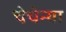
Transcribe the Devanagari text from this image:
चेचेन्या